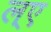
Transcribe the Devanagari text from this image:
ल्ए